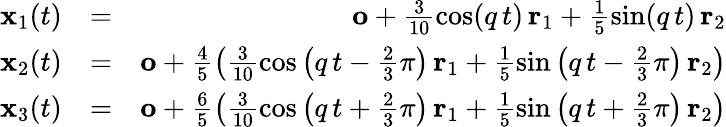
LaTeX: \begin{array}{rlr}{{\mathbf x}_{1}(t)}&{=}&{{\mathbf o}+\frac{3}{10}\cos(q\, t)\, {\mathbf r}_{1}+\frac{1}{5}\sin(q\, t)\, {\mathbf r}_{2}}\\ {{\mathbf x}_{2}(t)}&{=}&{{\mathbf o}+\frac{4}{5}\left(\frac{3}{10}\cos\left(q\, t-\frac{2}{3}\pi\right)\, {\mathbf r}_{1}+\frac{1}{5}\sin\left(q\, t-\frac{2}{3}\pi\right)\, {\mathbf r}_{2}\right)}\\ {{\mathbf x}_{3}(t)}&{=}&{{\mathbf o}+\frac{6}{5}\left(\frac{3}{10}\cos\left(q\, t+\frac{2}{3}\pi\right)\, {\mathbf r}_{1}+\frac{1}{5}\sin\left(q\, t+\frac{2}{3}\pi\right)\, {\mathbf r}_{2}\right)}\end{array}